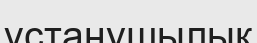
ұстанушылық